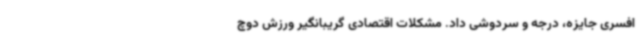
افسری جایزه، درجه و سردوشی داد. مشکلات اقتصادی گریبانگیر ورزش دوچ